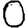
Digit: 0